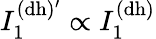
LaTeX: I_{1}^{\mathrm{(dh)^{\prime}}}\propto I_{1}^{\mathrm{(dh)}}